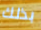
بذلك